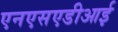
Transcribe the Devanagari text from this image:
एनएसएडीआई